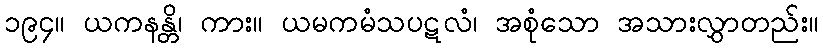
၁၉၄။ ယကနန္တိ၊ ကား။ ယမကမံသပဋလံ၊ အစုံသော အသားလွှာတည်း။